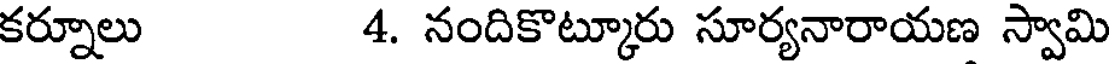
కర్నూలు 4. నందికొట్కూరు సూర్యనారాయణ స్వామి